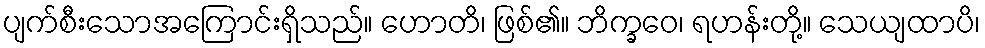
ပျက်စီးသောအကြောင်းရှိသည်။ ဟောတိ၊ ဖြစ်၏။ ဘိက္ခဝေ၊ ရဟန်းတို့။ သေယျထာပိ၊